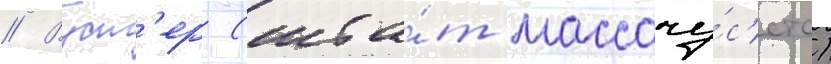
// Вуст'ер (шта́т массачу́с'етс)